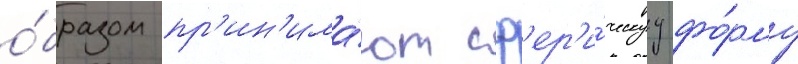
о́бразом пр'ин'има́ют сф'ер'и́ческуу фо́рму